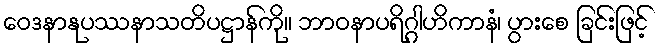
ဝေဒနာနုပဿနာသတိပဋ္ဌာန်ကို။ ဘာဝနာပရိဂ္ဂါဟိကာနံ၊ ပွားစေ ခြင်းဖြင့်